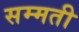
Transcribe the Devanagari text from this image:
सम्मती